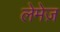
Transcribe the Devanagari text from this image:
लेमेज़